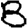
Digit: 8